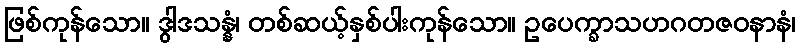
ဖြစ်ကုန်သော။ ဒွါဒသန္နံ၊ တစ်ဆယ့်နှစ်ပါးကုန်သော။ ဥပေက္ခာသဟဂတဇဝနာနံ၊